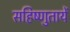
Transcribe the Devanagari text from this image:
सहिष्णुतायें